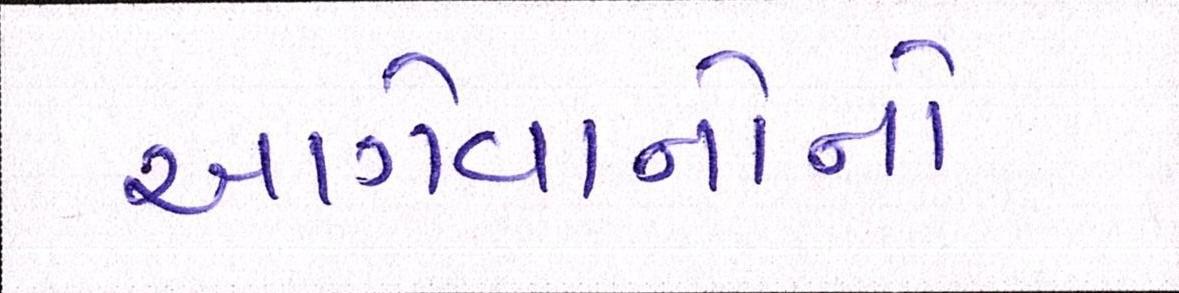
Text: આગેવાનોનો